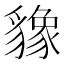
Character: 𬥌